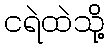
ငရဲထဲသို့